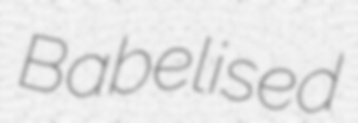
Babelised